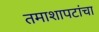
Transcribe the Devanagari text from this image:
तमाशापटांचा